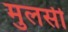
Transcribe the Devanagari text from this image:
मुलसी